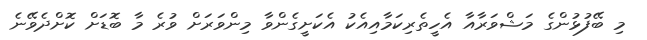
މި ބޭފުޅުންގެ މަޝްވަރާއާ އެހީތެރިކަމާއިއެކު އެކަށީގެންވާ މިންވަރަށް ވުރެ މާ ބޮޑަށް ކޮށްދެވޭނެ